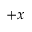
+ x